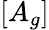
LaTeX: [A_{g}]